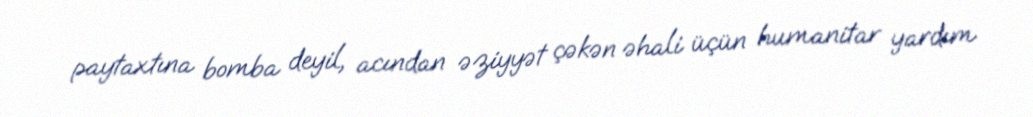
paytaxtına bomba deyil, acından əziyyət çəkən əhali üçün humanitar yardım